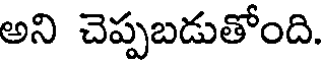
అని చెప్పబడుతోంది.